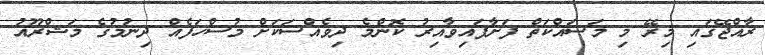
ރާއްޖޭގައި މިރޭ މި މަސައްކަތް ފަށާފައިވާއިރު ކޮންމެ ދިވެއްސަކަށް މުސްހަފެއް ދިނުމުގެ މަޝްރޫއު